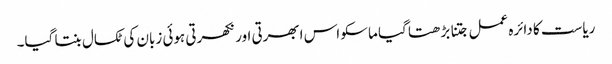
ریاست کا دائرہ عمل جتنا بڑھتا گیا ماسکو اس ابھرتی اور نکھرتی ہوئی زبان کی ٹکسال بنتا گیا۔